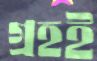
গ্রহই